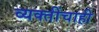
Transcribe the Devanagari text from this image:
व्यक्तींचाही